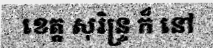
ខេត្ត សុរិន្ទ្រ ក៏ នៅ